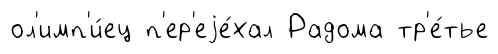
ол'имп'и́ец п'ер'еjе́хал Радома тр'е́тье